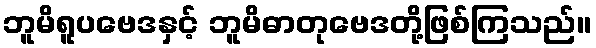
ဘူမိရူပဗေဒနှင့် ဘူမိဓာတုဗေဒတို့ဖြစ်ကြသည်။